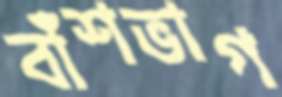
বাঁশভাগ